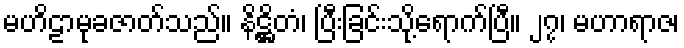
မဟိဠာမုခဇာတ်သည်။ နိဋ္ဌိတံ၊ ပြီးခြင်းသို့ရောက်ပြီ။ ၂၇၊ မဟာရာဇ၊